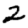
Digit: 2